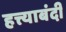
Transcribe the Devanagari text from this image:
हत्त्याबंदी